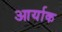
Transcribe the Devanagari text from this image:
आर्याक